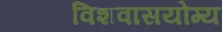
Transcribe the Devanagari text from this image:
विशवासयोग्य